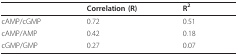
<table><thead><tr><td></td><td><b>Correlation (R)</b></td><td><b>R<sup>2</sup></b></td></tr></thead><tbody><tr><td>cAMP/cGMP</td><td>0.72</td><td>0.51</td></tr><tr><td>cAMP/AMP</td><td>0.42</td><td>0.18</td></tr><tr><td>cGMP/GMP</td><td>0.27</td><td>0.07</td></tr></tbody></table>